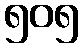
၅၀၅